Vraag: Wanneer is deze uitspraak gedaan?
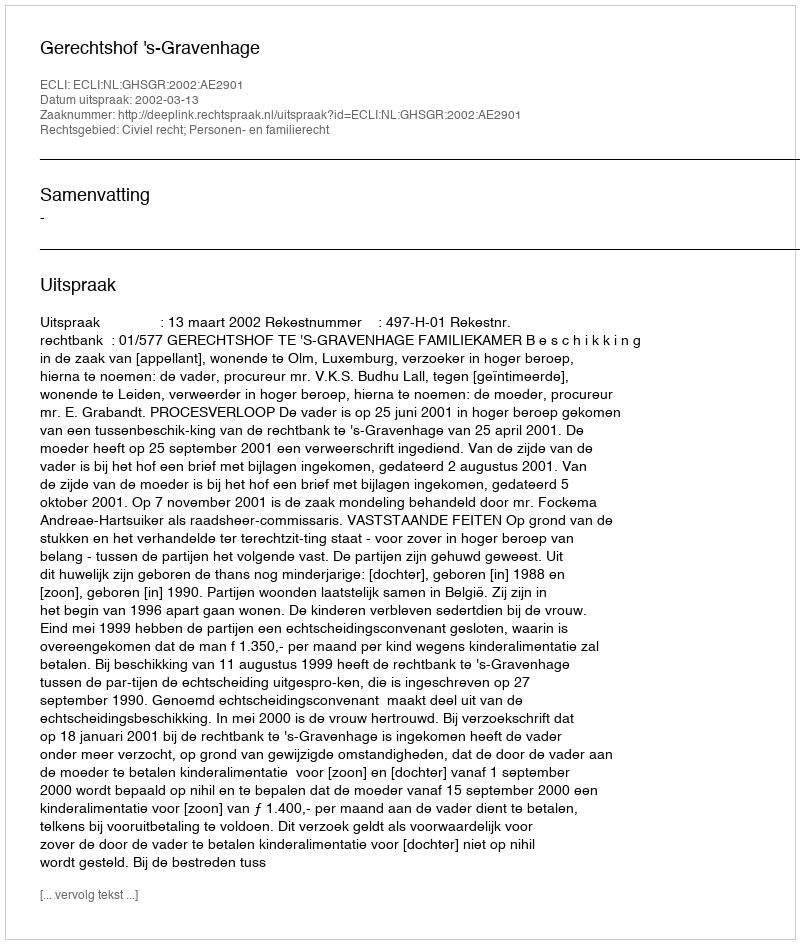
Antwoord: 2002-03-13